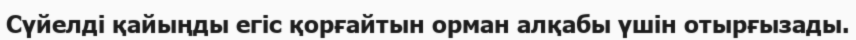
Сүйелді қайыңды егіс қорғайтын орман алқабы үшін отырғызады.